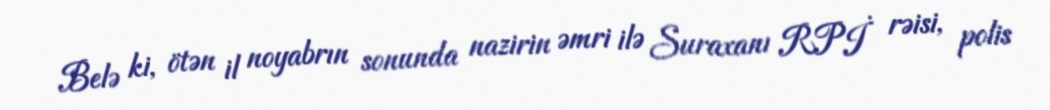
Belə ki, ötən il noyabrın sonunda nazirin əmri ilə Suraxanı RPİ rəisi, polis